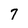
Character: 7